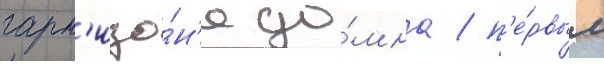
гарн'изо́н'е до́мна / п'е́рвым